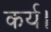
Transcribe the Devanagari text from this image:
कर्य।